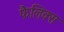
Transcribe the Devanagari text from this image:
फैलिक्स